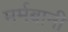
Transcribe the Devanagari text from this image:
मर्मबानी